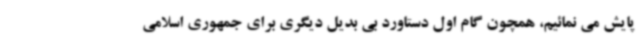
پایش می نمائیم، همچون گام اول دستاورد بی بدیل دیگری برای جمهوری اسلامی